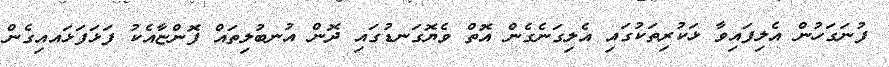
ފުނަގަހުން އެލިފައިވާ ޅަކުރިތަކުގައި އެލިގަނެގެން އޮތް ވެޔޮގަނޑުގައި ދޮން އުނބުލިތައް ފޮންޏާއެކު ފަޅަފަޅައއިގެން